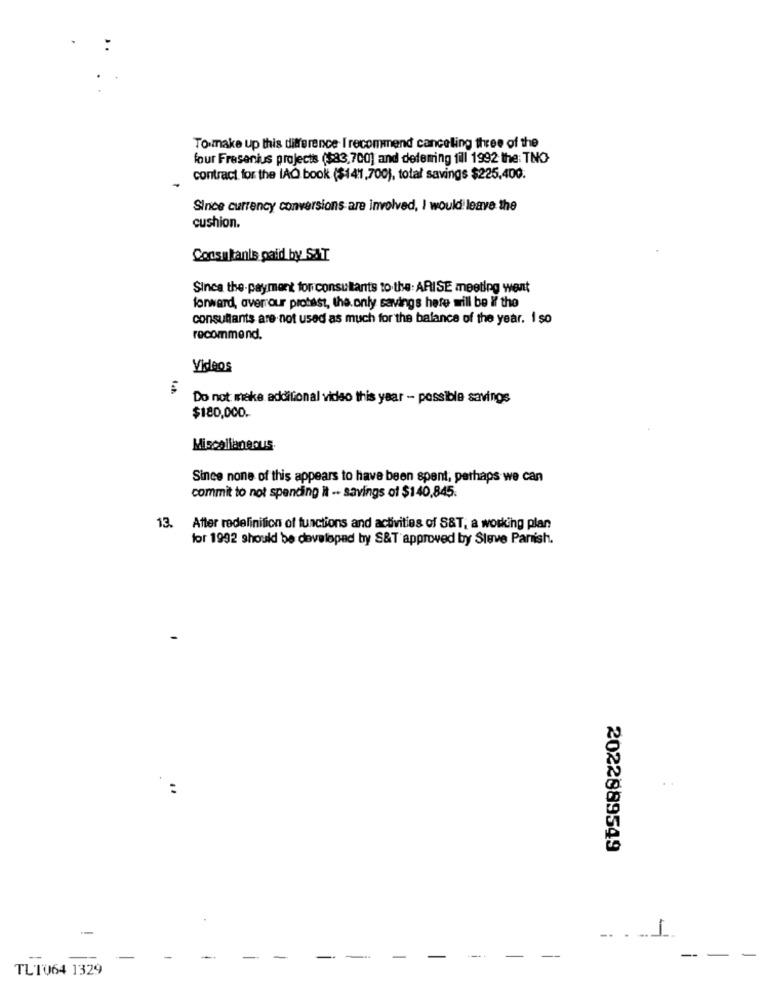
To make up this difference I recommend canceling three of the
four Fresenius projects ($83,700) and deleming till 1992 the: TNO
contract for the IAQ book ($141.700), total savings $225,400.
Since currency conversions are involved, I would leave the
cushion.
Consultants paid by SAT
Since the-payment for consultants to the: ARISE meeting went
forward, aver our prohast, the only savings hefe will be if the
consultants are not used as much for the balance of the year. I so
recommend.
Videos
Do not make additional video this year - possible savings
$180,000.
Miscellaneous.
Since none of this appears to have been spent, perhaps we can
commit to not spending it -- savings of $140,845.
13. After redefinition of functions and activities of S&T, a working plan
for 1992 should be developed by S&T approved by Steve Parish.
2022889549
.
... L.
-
-
-
-
-
TL1064 1329